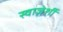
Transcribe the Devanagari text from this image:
स्वाज़ेर्शी